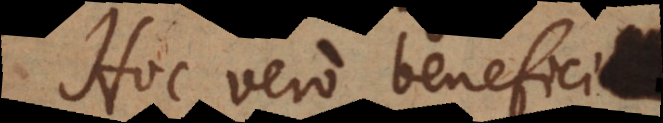
Hoc vero beneficium